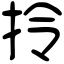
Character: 拎